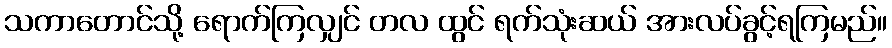
သကာတောင်သို့ ရောက်ကြလျှင် တလ ထွင် ရက်သုံးဆယ် အားလပ်ခွင့်ရကြမည်။